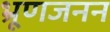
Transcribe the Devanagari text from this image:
भ्रूणजनन